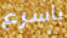
باسرع